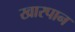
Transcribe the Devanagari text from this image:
खारपान